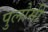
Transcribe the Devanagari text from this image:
पुलोमी